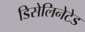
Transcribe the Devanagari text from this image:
डिसेलिनेटेड